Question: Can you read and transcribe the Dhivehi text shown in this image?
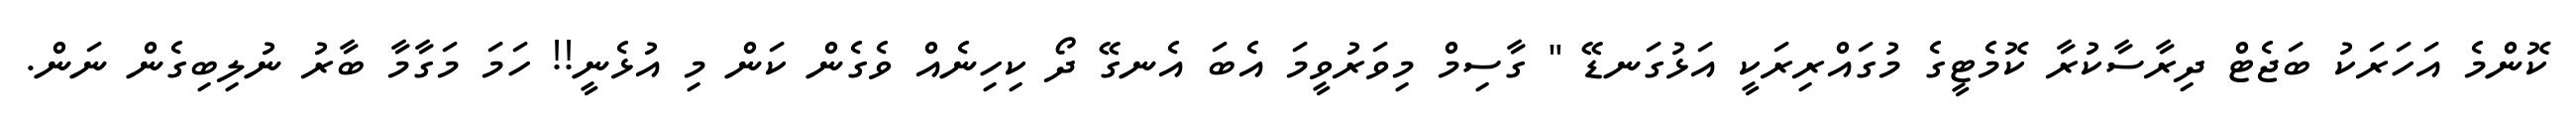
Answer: ކޮންމެ އަހަރަކު ބަޖެޓް ދިރާސާކުރާ ކޮމެޓީގެ މުގައްރިރަކީ އަޅުގަނޑޭ " ގާސިމް މިވަރުވީމަ އެބަ އެނގޭ ދޯ ކިހިނެއް ވެގެން ކަން މި އުޅެނީ!! ހަމަ މަގާމާ ބާރު ނުލިބިގެން ނަން.